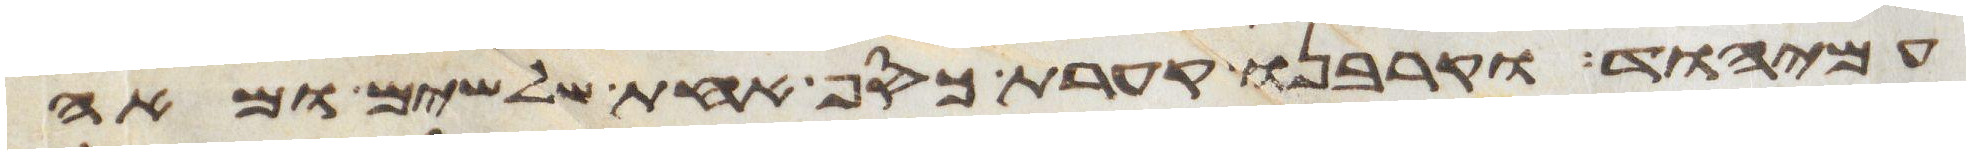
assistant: עמיהוד וקרבנו קערת כסף אחת שלשים ומאה